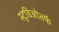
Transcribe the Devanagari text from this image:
स्टुडिओतर्फे